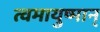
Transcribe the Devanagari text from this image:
त्वमायुष्मान्